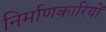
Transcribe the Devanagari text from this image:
निर्माणकारियों